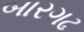
બારગઢ